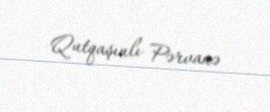
Qutqaşınlı Pərvanə